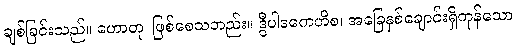
ချစ်ခြင်းသည်။ ဟောတု၊ ဖြစ်စေသတည်း။ ဒွီပါဒကေဟိစ၊ အခြေနှစ်ချောင်းရှိကုန်သော